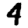
Digit: 4